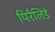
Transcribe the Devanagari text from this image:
पिरैलिडे